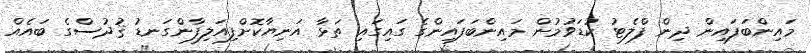
މައިންބަފައިން ދިން ފްލެޓު ކުޑަވުމުން މައިންބަފައިންގެ ގައިގައި ތަޅާ އަނިޔާކޮށްފިއަލިފާންގަނޑު ޤުދުސްގެ ބައެއް